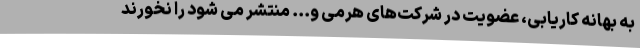
به بهانه کاریابی، عضویت در شرکت‌های هرمی و... منتشر می شود را نخورند